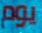
يوم